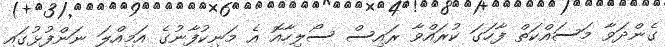
ގެންދަވާ މަސައްކަތް ފާހަގަ ކުރައްވާ ރައިސް ސޯލިހާއޮ އެ މަނިކުފާނުގެ އަމިއްލަ ނަންފުޅުގައި